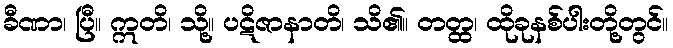
ခီဏာ၊ ပြီ။ ဣတိ၊ သို့။ ပဋိဇာနာတိ၊ သိ၏။ တတ္ထ၊ ထိုခုနစ်ပါးတို့တွင်။